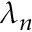
\lambda _ { n }